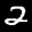
Label: 2